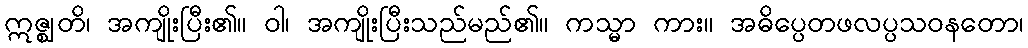
ဣဇ္ဈတိ၊ အကျိုးပြီး၏။ ဝါ၊ အကျိုးပြီးသည်မည်၏။ ကသ္မာ ကား။ အဓိပ္ပေတဖလပ္ပသဝနတော၊